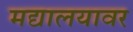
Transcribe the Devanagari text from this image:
मद्यालयावर